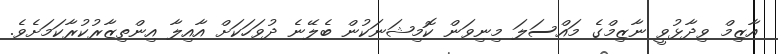
އާޒިމް ވިދާޅުވީ ނާޒިމްގެ މައްސަލަ މިނިވަން ކޮމިޝަނަކުން ބެލޭނެ ދުވަހަކަށް އާއިލާ އިންތިޒާރުކުރާކަމަށެވެ.